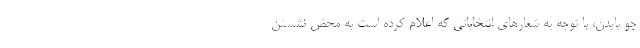
جو بایدن، با توجه به شعارهای انتخاباتی که اعلام کرده است به محض نشستن